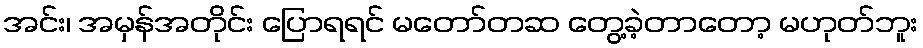
အင်း၊ အမှန်အတိုင်း ပြောရရင် မတော်တဆ တွေ့ခဲ့တာတော့ မဟုတ်ဘူး